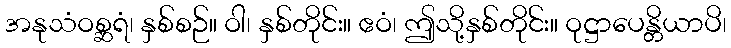
အနုသံဝစ္ဆရံ၊ နှစ်စဉ်။ ဝါ၊ နှစ်တိုင်း။ ဧဝံ၊ ဤသို့နှစ်တိုင်း။ ဝုဋ္ဌာပေန္တိယာပိ၊